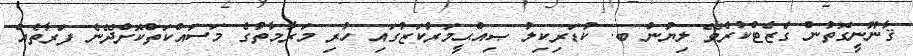
ޤާނޫނީގޮތުން ގެޒެޓްކުރެވޭ ލިޔުން ބ. ކުޑަރިކިލު ޞިއްޙީމަރުކަޒުގައި ހުރި މަރާމާތުގެ މަސައްކަތްކޮށްދޭނެ ފަރާތެއް